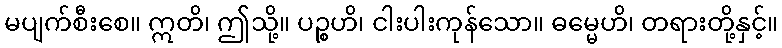
မပျက်စီးစေ။ ဣတိ၊ ဤသို့။ ပဉ္စဟိ၊ ငါးပါးကုန်သော။ ဓမ္မေဟိ၊ တရားတို့နှင့်။